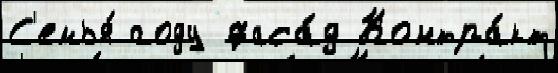
С'емья́ году фаса́д Контра́кт